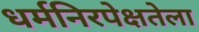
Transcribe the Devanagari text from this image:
धर्मनिरपेक्षतेला